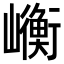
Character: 𭗯